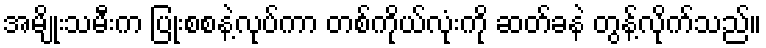
အမျိုးသမီးက ပြုံးစစနဲ့လုပ်ကာ တစ်ကိုယ်လုံးကို ဆတ်ခနဲ တွန့်လိုက်သည်။